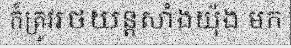
ក៏ត្រូវរថយន្តសាំងយ៉ុង មក